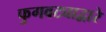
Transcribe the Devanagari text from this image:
फुगवट्याद्वारे